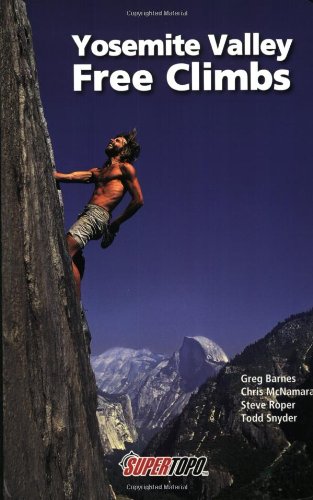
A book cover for Yosemite Valley Free Climbs: Supertopos; Chris McNamara; Sports & Outdoors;